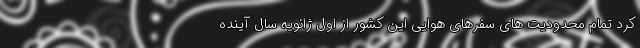
کرد تمام محدودیت های سفرهای هوایی این کشور از اول ژانویه سال آینده